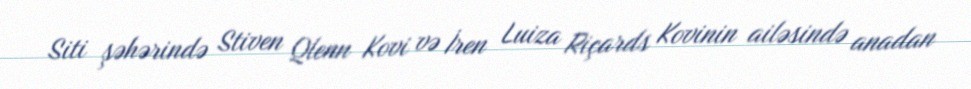
Siti şəhərində Stiven Qlenn Kovi və İren Luiza Riçards Kovinin ailəsində anadan